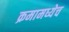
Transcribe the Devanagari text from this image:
क्रमामध्येच